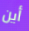
أين